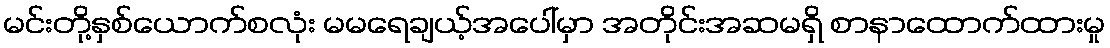
မင်းတို့နှစ်ယောက်စလုံး မမရေချယ့်အပေါ်မှာ အတိုင်းအဆမရှိ စာနာထောက်ထားမှု